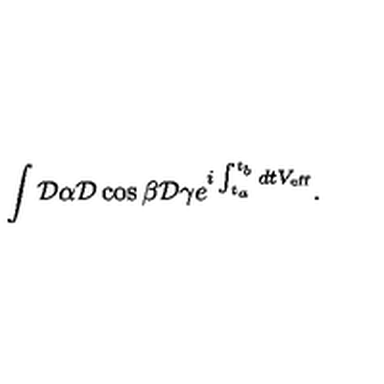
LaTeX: \int { \cal D } \alpha { \cal D } \cos \beta { \cal D } \gamma e ^ { { i } \int _ { t _ { a } } ^ { t _ { b } } d t V _ { \mathrm { e f f } } } .